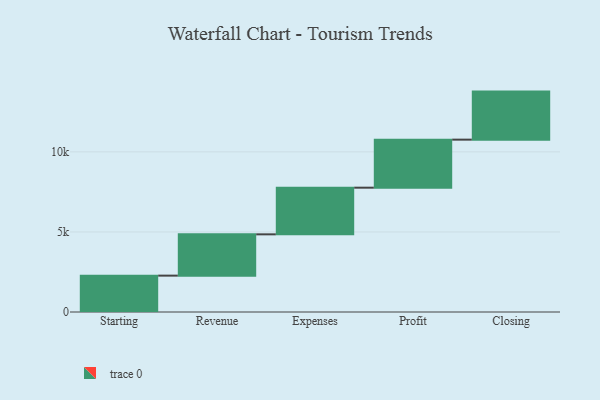
{"axis": {"x": "Step", "y": "Value"}, "legend": [""], "data": [{"x": "Starting", "y": 2271.0, "type": ""}, {"x": "Revenue", "y": 2579.0, "type": ""}, {"x": "Expenses", "y": 2914.0, "type": ""}, {"x": "Profit", "y": 3000, "type": ""}, {"x": "Closing", "y": 3000, "type": ""}]}